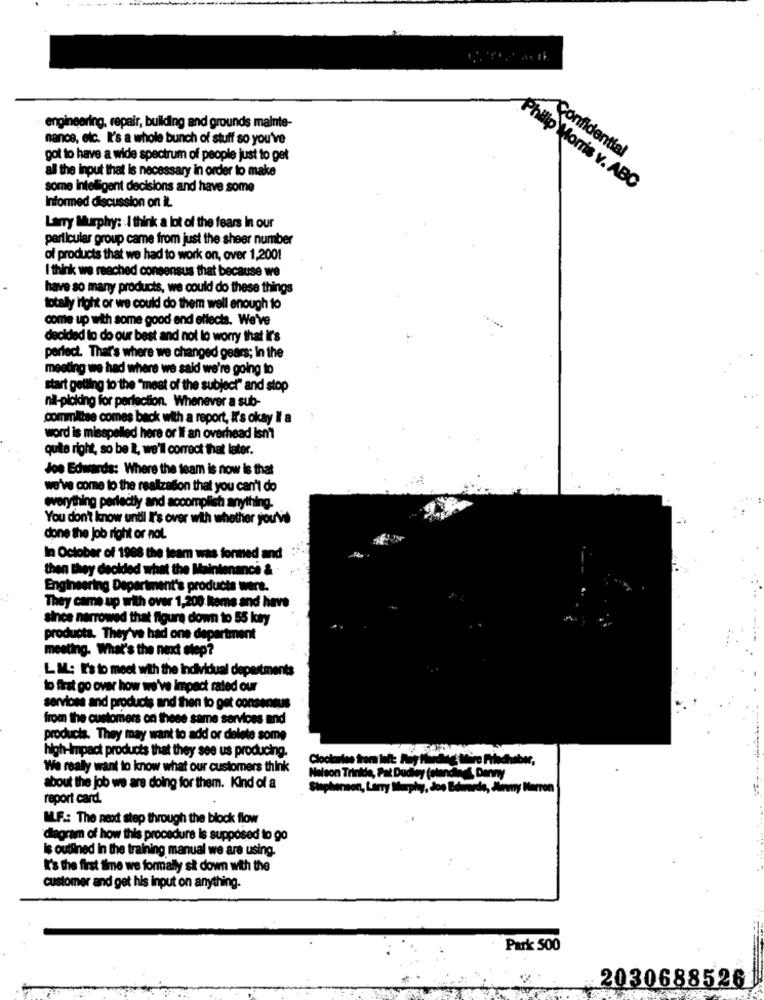
engineering, repair, building and grounds mainte-
nance, elc. It's a whole bunch of stuff so you've
got to have a wide spectrum of people just to get
Confidential
all the input that is necessary in order to make
some inteligent decisions and have some
Philip Morris v. ABC
Informed discussion on il.
Larry Murphy: : I think a lot of the fears In our
particular group came from just the sheer number
of products that we had to work on, over 1,200!
I think we reached consensus that because we
have so many products, we could do these things
totally right or we could do them well enough to
come up with some good and effects. We've
decided to do our best and not lo worry that if's
perfect. That's where we changed gears; in the
meeting we had where we said we're going to
start getting to the "most of the subject" and stop
nil-picking for perfection. Whenever a sub-
committee comes back with a report, It's okay il a
word is misspelled here or If an overhead ismi
quite right, so be it, we'll correct that later.
Joe Edwards: Where the team is now is that
we've come to the realization that you can't do
everything perfectly and accomplish anything.
You don't know until It's over with whether you've
done the job right or not.
In October of 1968 the team was formed and
then they decided what the Maintenance &
Engineering Department's products were.
They came up with over 1,200 Items and here
since narrowed that figura down to 55 kay
products. They've had one department
meeting. What's the next step?
LM: I's to meet with the individual depestments
to first go over how we've impact rated our
services and products and then to get consensus
from the customers on these same services and
products. They may want to add or delete some
high-Impact products that they see us producing.
Clockmiss from left: Auf ford
We realy want to know what our customers think
Nelson Trinide, Pat Dudiey (standings, Danny
about the job we are doing for them. Kind of a
Stephenson, Lary Murphy, doo Edna
. Edwarde, Jimmy Marron
report card.
ML.F .: The next step through the block flow
diagram of how this procedure is supposed to go
Is outlined In the training manual we are using.
It's the first time we formally sk down with the
customer and get his input on anything.
Park 500
20306885261